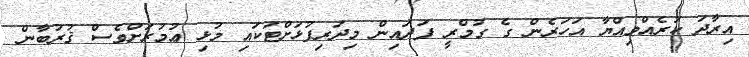
އިރާދަ ކުރެއްވިއްޔާ އަހަރެން ގެ ގުމްރީ ފަދައިން މިދަރިފުޅަށްޓަކައި މުޅި ޢުމުރަށްވެސް ޤުރުބާން